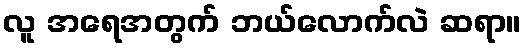
လူ အရေအတွက် ဘယ်လောက်လဲ ဆရာ။